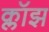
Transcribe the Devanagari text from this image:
क्लॉझ